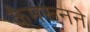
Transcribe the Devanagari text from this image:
कैमरूनने